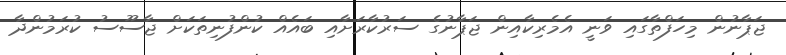
ޖަޕާނުން މިހަފްތާގައި ވަނީ އެމެރިކާއިން ޖަޕާނުގެ ސަރުކާރަށާއި ބައެއް ކުންފުނިތަކަށް ޖާސޫސު ކުރަމުންދާ